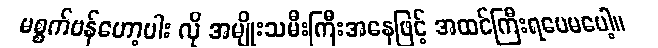
မစ္စက်ဗန်ဟော့ပါး လို အမျိုးသမီးကြီးအနေဖြင့် အထင်ကြီးရပေမပေါ့။